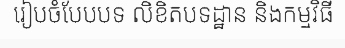
រៀបចំបែបបទ លិខិតបទដ្ឋាន និងកម្មវិធី